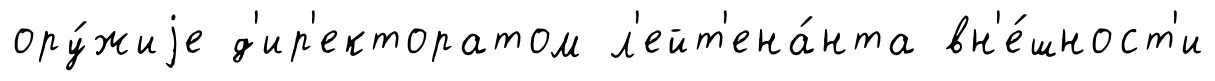
ору́жиjе д'ир'екторатом л'ейт'ена́нта вн'е́шност'и